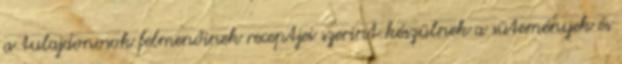
a tulajdonosok felmenőinek receptjei szerint készülnek a sütemények és